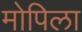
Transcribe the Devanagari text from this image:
मोपिला